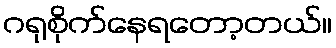
ဂရုစိုက်နေရတော့တယ်။